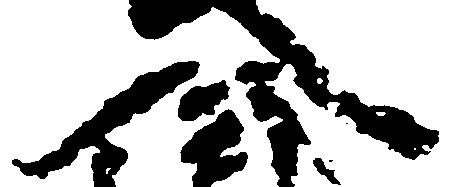
入